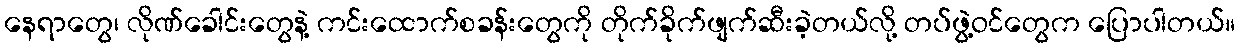
နေရာတွေ၊ လိုဏ်ခေါင်းတွေနဲ့ ကင်းထောက်စခန်းတွေကို တိုက်ခိုက်ဖျက်ဆီးခဲ့တယ်လို့ တပ်ဖွဲ့ဝင်တွေက ပြောပါတယ်။